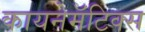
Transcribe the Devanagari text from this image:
कायनेमॅटिक्स